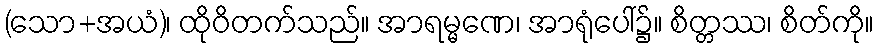
(သော+အယံ)၊ ထိုဝိတက်သည်။ အာရမ္မဏေ၊ အာရုံပေါ်၌။ စိတ္တဿ၊ စိတ်ကို။